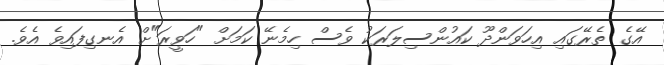
އޭގެ ތެރޭގައި އިހަވަންދޫ ކައުންސިލަރަކު ވެސް ހިމެނޭ ކަމަށް "ހަވީރަ"ށް އެނގިފައިވެ އެވެ.